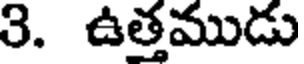
3. ఉత్తముడు